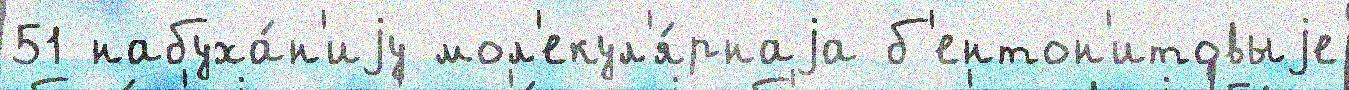
51 набуха́н'иjу мол'екул'я́рнаjа б'ентон'итовыjе